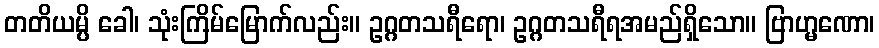
တတိယမ္ပိ ခေါ၊ သုံးကြိမ်မြောက်လည်း။ ဥဂ္ဂတသရီရော၊ ဥဂ္ဂတသရီရအမည်ရှိသော။ ဗြာဟ္မဏော၊